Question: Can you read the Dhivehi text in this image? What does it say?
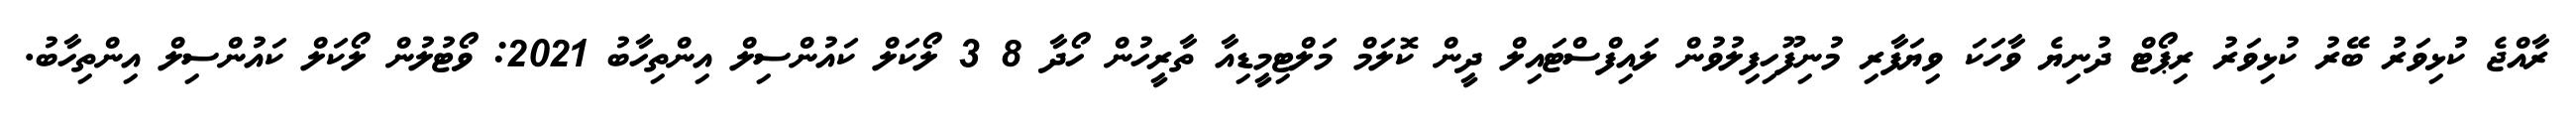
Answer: ރާއްޖެ ކުޅިވަރު ބޭރު ކުޅިވަރު ރިޕޯޓް ދުނިޔެ ވާހަކަ ވިޔަފާރި މުނިފޫހިފިލުވުން ލައިފްސްޓައިލް ދީން ކޮލަމް މަލްޓިމީޑިއާ ތާރީހުން ހޯދާ 8 3 ލޯކަލް ކައުންސިލް އިންތިހާބު 2021: ވޯޓުލުން ލޯކަލް ކައުންސިލް އިންތިހާބު.